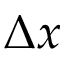
\Delta x